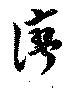
湾